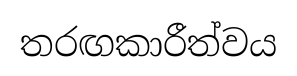
තරඟකාරීත්වය